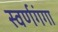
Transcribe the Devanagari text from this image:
स्वर्णगंगा